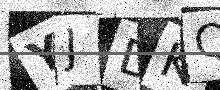
Text: YJDKQN